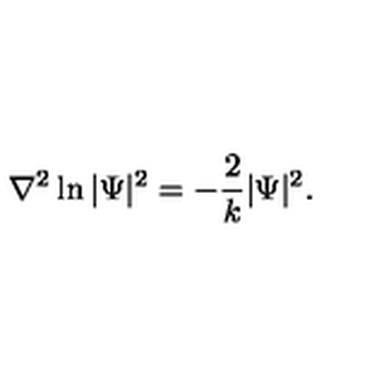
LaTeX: \nabla ^ { 2 } \ln | \Psi | ^ { 2 } = - \frac { 2 } { k } | \Psi | ^ { 2 } .